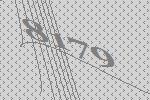
8179